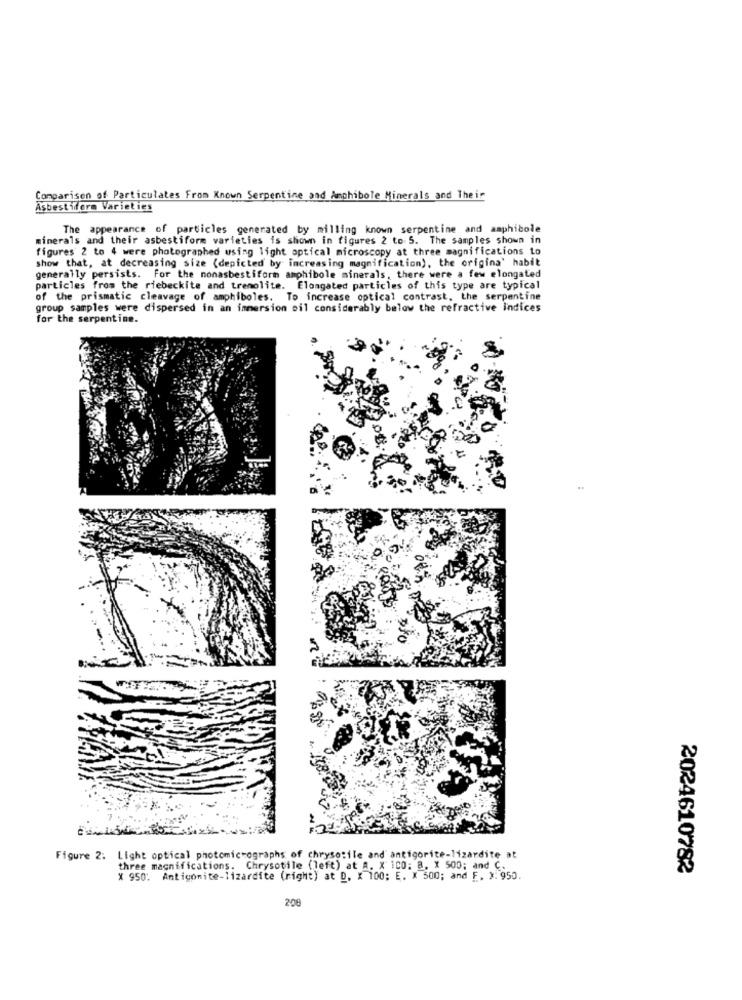
Comparison of Particulates From Known Serpentine and Amphibole Minerals and Their
Asbestifera Varieties
The appearance of particles generated by milling known serpentine and amphibole
minerals and their asbestiform varieties is shown in figures 2 to 5. The samples shown in
figures 2 to 4 were photographed using light optical microscopy at three magnifications to
show that, at decreasing size (depicted by increasing magnification), the origina' habit
generally persists. For the nonasbestiform amphibole minerals, there were a few elongated
particles from the riebeckite and trenolite. Elongated particles of this type are typical
of the prismatic cleavage of amphiboles. To increase optical contrast, the serpentine
group samples were dispersed in an immersion oil considerably below the refractive Indices
for the serpentine.
n
Figure 2: Light optical photomicrographs of chrysosile and antigorite-lizardite at
three magnifications. Chrysotile (left) at A. X iCO: 8. X 500; and C.
2024610782
X 950: Antigonite-lizardite (right) at D. X 100; E. X 500; and F. $. 950.
208